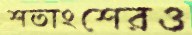
শতাংশেরও